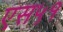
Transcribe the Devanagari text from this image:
एस५१